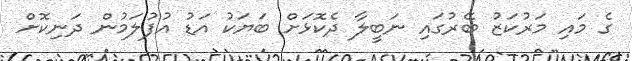
ގެ މައި މަރުކަޒު ބޭރުގައި ނަބީލާ ދެކޮޅަށް ބަޔަކު އަޑު އުފުލަމުން ދަނިކޮށް